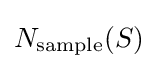
N_{\text{sample}}(S)